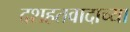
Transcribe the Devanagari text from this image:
दशहतवादाच्या